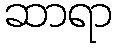
ဆာရာ